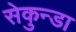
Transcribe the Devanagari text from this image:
सेकुन्डा